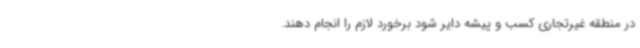
در منطقه غیرتجاری کسب و پیشه دایر شود برخورد لازم را انجام دهند.